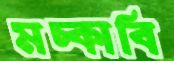
মচ্‌কাবি